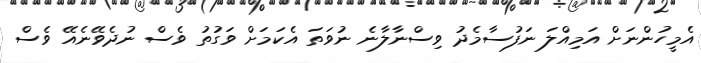
އެމީހުންނަށް އަމިއްލަ ނަފުސާމެދު ވިސްނާލާނެ ނުވަތަ އެކަމަށް ވަގުތު ވެސް ނުދެވޭނެއޭ ވެސް